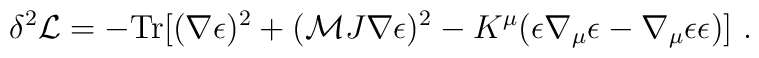
\delta^2{\cal L} = - {\rm Tr} [ (\nabla\epsilon)^2 + ({\cal M}J\nabla\epsilon)^2 - K^\mu (\epsilon\nabla_\mu\epsilon - \nabla_\mu\epsilon\epsilon) ] \ .